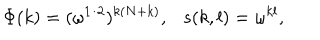
LaTeX: \Phi ( k ) = ( \omega ^ { 1 / 2 } ) ^ { k ( N + k ) } , s ( k , l ) = \omega ^ { k l } ,